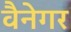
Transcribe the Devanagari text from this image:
वैनेगर